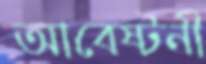
আবেষ্টনী